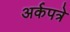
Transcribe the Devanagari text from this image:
अर्कपत्रे